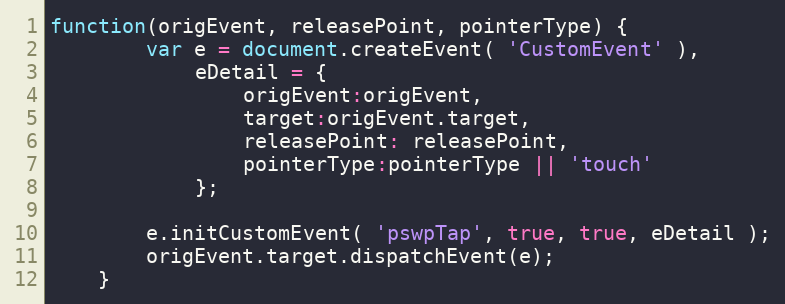
Language: JavaScript
function(origEvent, releasePoint, pointerType) {
		var e = document.createEvent( 'CustomEvent' ),
			eDetail = {
				origEvent:origEvent,
				target:origEvent.target,
				releasePoint: releasePoint,
				pointerType:pointerType || 'touch'
			};

		e.initCustomEvent( 'pswpTap', true, true, eDetail );
		origEvent.target.dispatchEvent(e);
	}